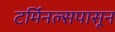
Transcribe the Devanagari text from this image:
टर्मिनल्सपासून